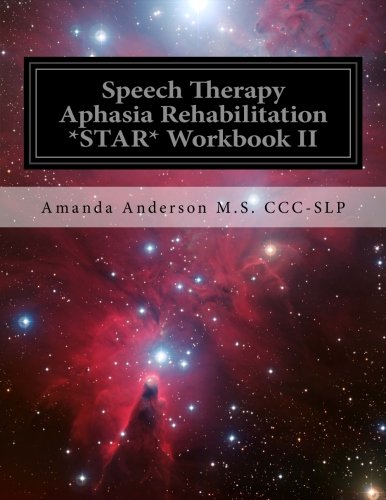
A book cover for Speech Therapy Aphasia Rehabilitation *STAR* Workbook II: Receptive Language; Amanda Paige Anderson M.S. CCC-SLP; Medical Books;